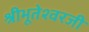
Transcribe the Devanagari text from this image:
श्रीभूतेश्वरजी